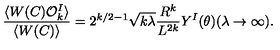
\frac { \langle W ( C ) { \cal O } _ { k } ^ { I } \rangle } { \langle W ( C ) \rangle } = 2 ^ { k / 2 - 1 } \sqrt { k \lambda } \frac { R ^ { k } } { L ^ { 2 k } } Y ^ { I } ( \theta ) ( \lambda \rightarrow \infty ) .